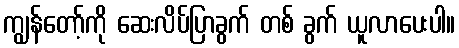
ကျွန်တော့်ကို ဆေးလိပ်ပြာခွက် တစ် ခွက် ယူလာပေးပါ။